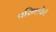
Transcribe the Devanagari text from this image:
परिभाषेचे